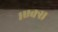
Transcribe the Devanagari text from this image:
१एक्स